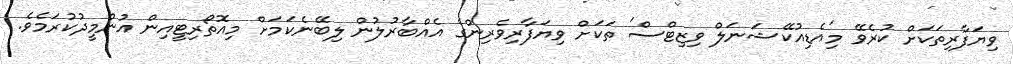
ވިޔަފާރިތަކަށް ކުރެވޭ މި'އެޑިއުކޭޝަނަލް ވިޒިޓްސް' ތަކަށް ވިޔަފާރިވެރިންގެ އެއްބާރުލުން ލިބޭނެކަމަށް މިއޮތޯރިޓީއިން އުންމީދުކުރަމެވެ.